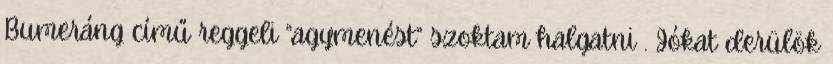
Bumeráng című reggeli “agymenést” szoktam halgatni . Jókat derülök